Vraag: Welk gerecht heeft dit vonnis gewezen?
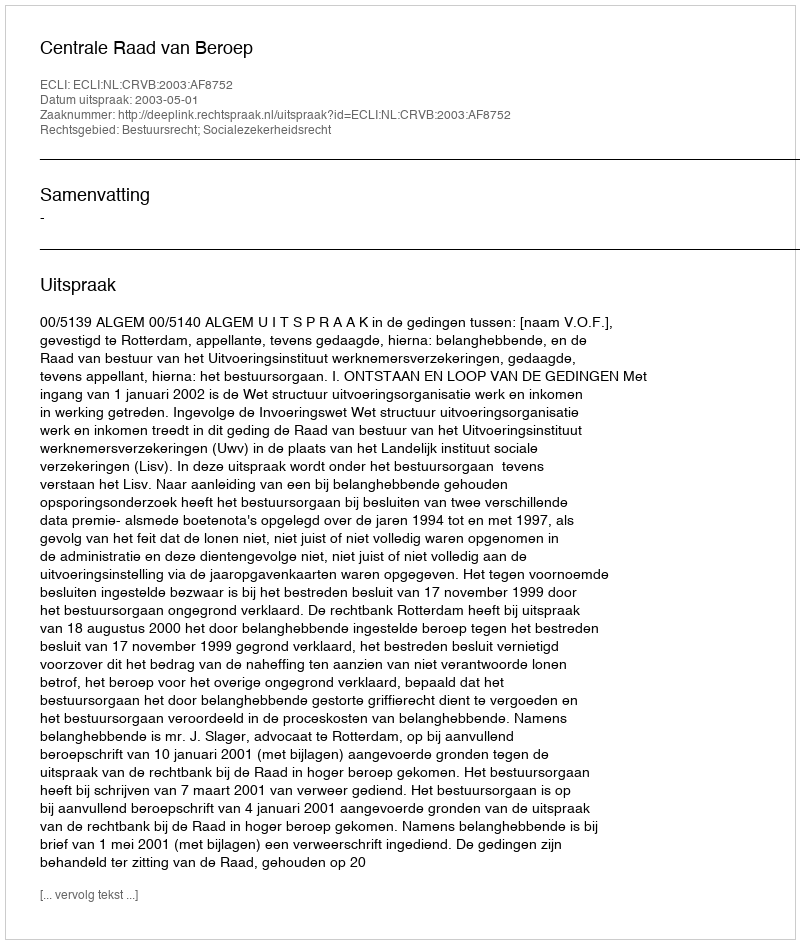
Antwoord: Centrale Raad van Beroep